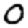
Digit: 0